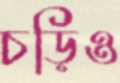
চড়িও